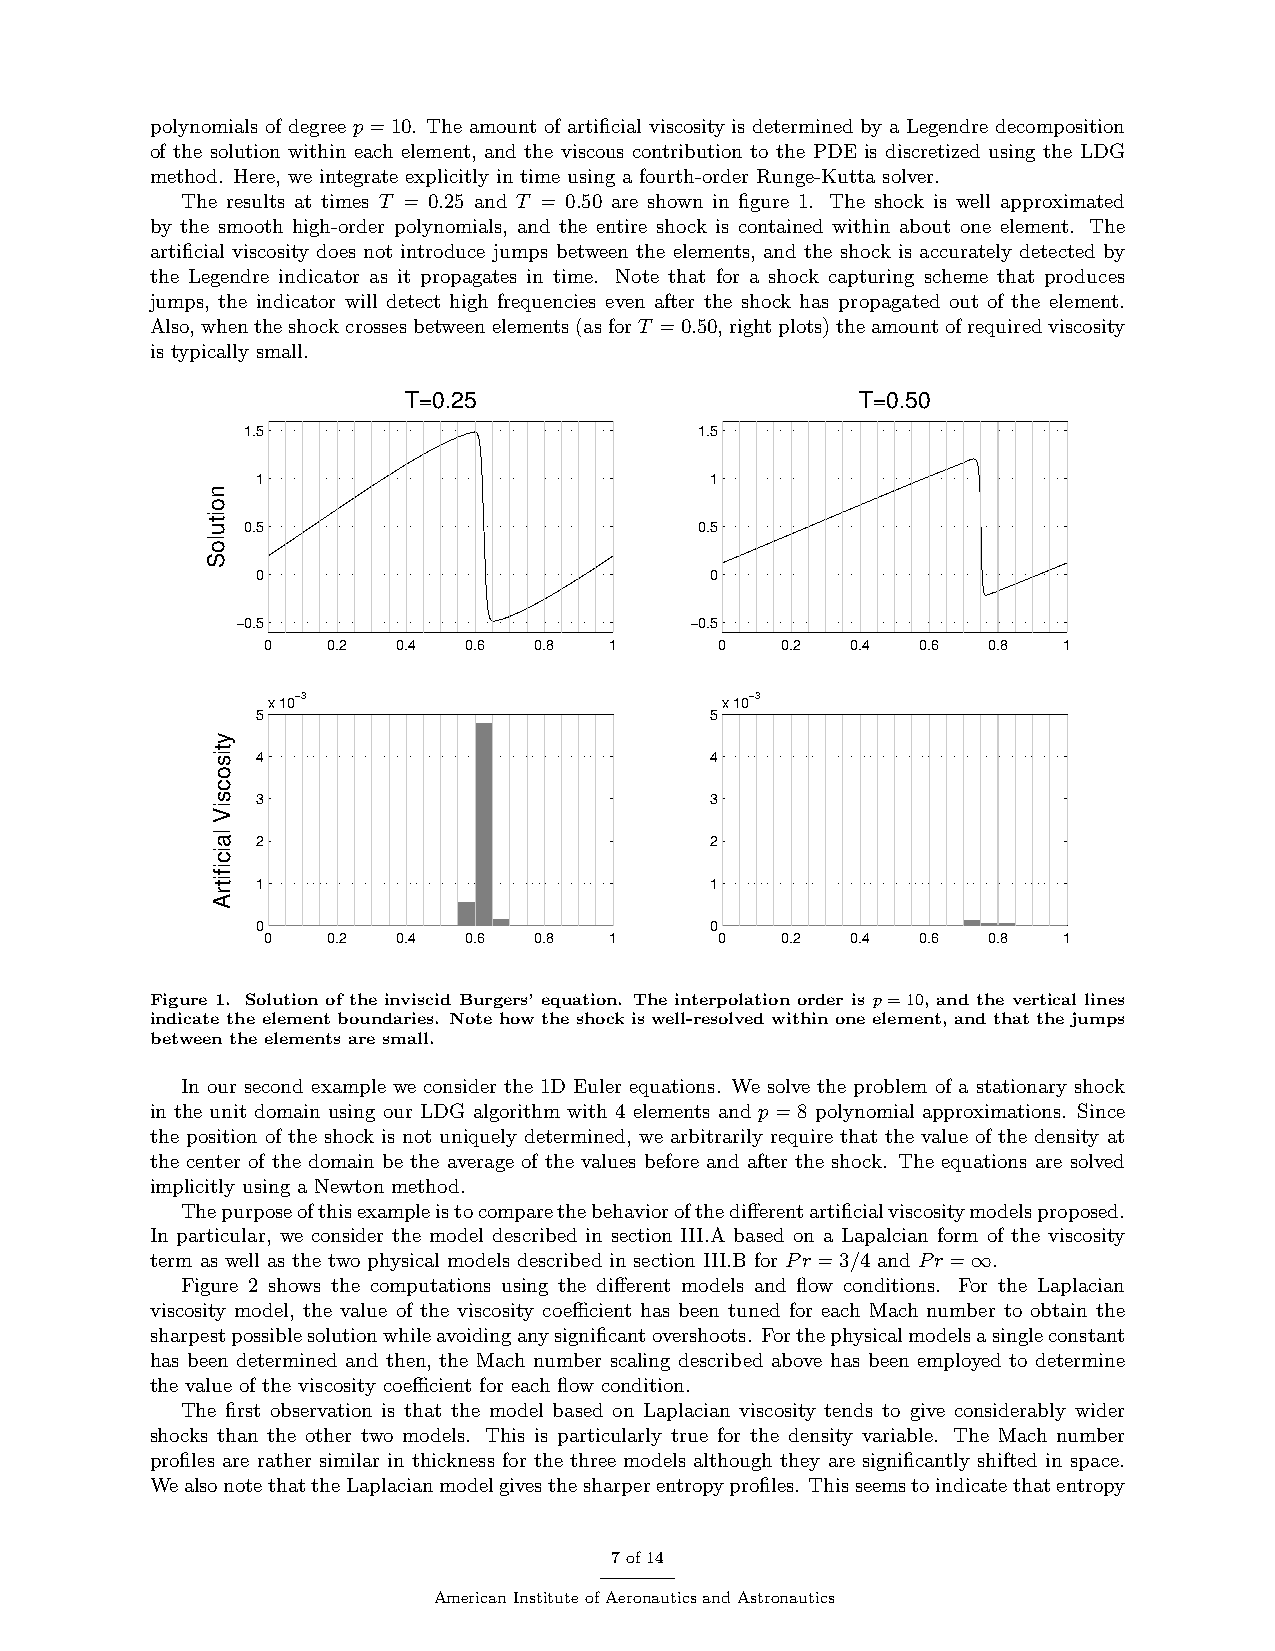
polynomials of degree p=10. The amount of artificial viscosity is determined by a Legendre decomposition
 of the solution within each element, and the viscous contribution to the PDE is discretized using the LDG
 method. Here, we integrate explicitly in time using a fourth-order Runge-Kutta solver.
 The results at times T = 0.25 and T = 0.50 are shown in figure 1. The shock is well approximated
 by the smooth high-order polynomials, and the entire shock is contained within about one element. The
 artificial viscosity does not introduce jumps between the elements, and the shock is accurately detected by
 the Legendre indicator as it propagates in time. Note that for a shock capturing scheme that produces
 jumps, the indicator will detect high frequencies even after the shock has propagated out of the element.
 Also,whentheshockcrossesbetweenelements(asforT =0.50,rightplots)theamountofrequiredviscosity
 is typically small.
 T=0.25                        T=0.50
 1.5                           1.5
 1                             1
 0.5                           0.5
 0                             0
 −0.5                          −0.5
 0   0.2 0.4  0.6 0.8  1       0   0.2 0.4  0.6 0.8  1
 x 10−3                        x 10−3
 5                             5
 4                             4
 3                             3
 2                             2
 1                             1
 0                             0
 0   0.2 0.4  0.6 0.8  1       0   0.2 0.4  0.6 0.8  1
 Figure 1. Solution of the inviscid Burgers’ equation. The interpolation order is p=10, and the vertical lines
 indicate the element boundaries. Note how the shock is well-resolved within one element, and that the jumps
 between the elements are small.
 In our second example we consider the 1D Euler equations. We solve the problem of a stationary shock
 in the unit domain using our LDG algorithm with 4 elements and p=8 polynomial approximations. Since
 the position of the shock is not uniquely determined, we arbitrarily require that the value of the density at
 the center of the domain be the average of the values before and after the shock. The equations are solved
 implicitly using a Newton method.
 Thepurposeofthisexampleistocomparethebehaviorofthedifferentartificialviscositymodelsproposed.
 In particular, we consider the model described in section III.A based on a Lapalcian form of the viscosity
 term as well as the two physical models described in section III.B for Pr =3/4 and Pr =∞.
 Figure 2 shows the computations using the different models and flow conditions. For the Laplacian
 viscosity model, the value of the viscosity coefficient has been tuned for each Mach number to obtain the
 sharpestpossiblesolutionwhileavoidinganysignificantovershoots. Forthephysicalmodelsasingleconstant
 has been determined and then, the Mach number scaling described above has been employed to determine
 the value of the viscosity coefficient for each flow condition.
 The first observation is that the model based on Laplacian viscosity tends to give considerably wider
 shocks than the other two models. This is particularly true for the density variable. The Mach number
 profiles are rather similar in thickness for the three models although they are significantly shifted in space.
 WealsonotethattheLaplacianmodelgivesthesharperentropyprofiles. Thisseemstoindicatethatentropy
 7of14
 AmericanInstituteofAeronauticsandAstronautics
 noituloS
 ytisocsiV
 laicifitrA